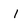
Character: 1